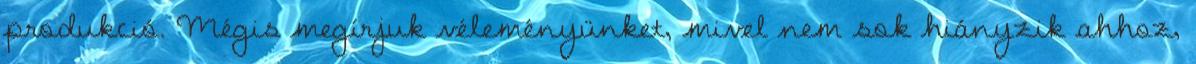
produkció. Mégis megírjuk véleményünket, mivel nem sok hiányzik ahhoz,